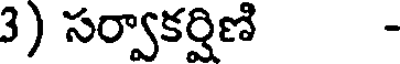
3) సర్వాకర్షిణి -